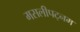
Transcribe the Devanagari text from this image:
मसलीपट्नम